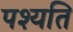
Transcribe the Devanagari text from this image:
पश्यति